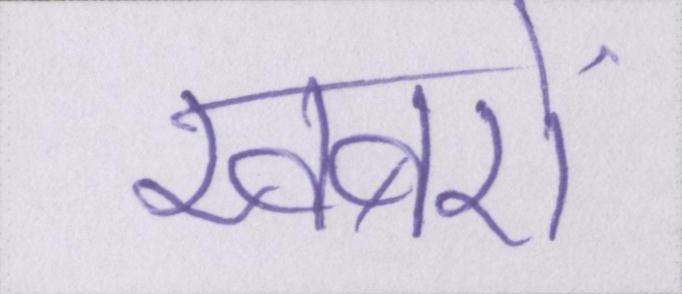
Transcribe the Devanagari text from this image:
खबरों